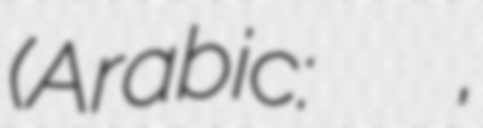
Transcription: (Arabic: الجبهة الوطنية للتحرير,